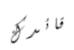
قائدك